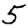
Digit: 5